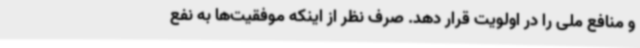
و منافع ملی را در اولویت قرار دهد. صرف نظر از اینکه موفقیت‌ها به نفع